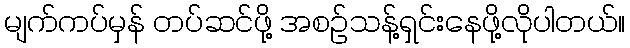
မျက်ကပ်မှန် တပ်ဆင်ဖို့ အစဉ်သန့်ရှင်းနေဖို့လိုပါတယ်။